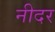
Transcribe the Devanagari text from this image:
नीदर